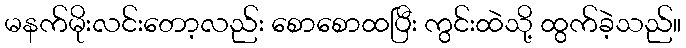
မနက်မိုးလင်းတော့လည်း စောစောထပြီး ကွင်းထဲသို့ ထွက်ခဲ့သည်။